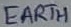
Text: EARTH